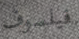
فيلسوف